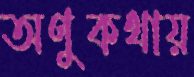
অণুকথায়